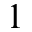
^ 1